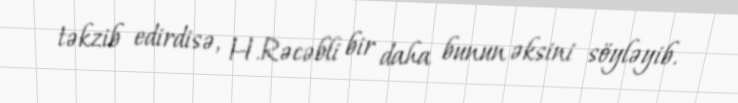
təkzib edirdisə, H.Rəcəbli bir daha bunun əksini söyləyib.